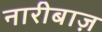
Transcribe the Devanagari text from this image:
नारीबाज़